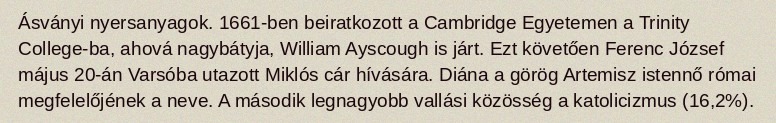
Ásványi nyersanyagok. 1661-ben beiratkozott a Cambridge Egyetemen a Trinity College-ba, ahová nagybátyja, William Ayscough is járt. Ezt követően Ferenc József május 20-án Varsóba utazott Miklós cár hívására. Diána a görög Artemisz istennő római megfelelőjének a neve. A második legnagyobb vallási közösség a katolicizmus (16,2%).